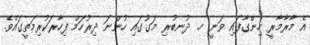
އެ މާރާމާރީ ހިންގާފައި ވަނީ ހ. ދުނބުރި މަގުގައި ހުންނަ ދިރުހަމް ފިހާރަކުރިމަތީގައެވެ.